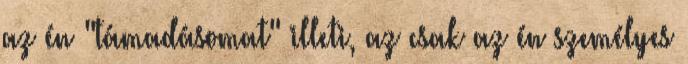
az én "támadásomat" illeti, az csak az én személyes